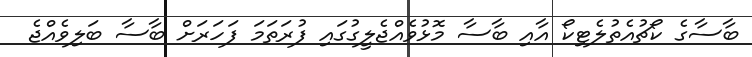
ބާސާގެ ކޯޗުއެތުލެޓިކޯ އާއި ބާސާ މޮޅުވެއްޖެލީގުގައި ފުރަތަމަ ފަހަރަށް ބާސާ ބަލިވެއްޖެ